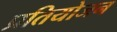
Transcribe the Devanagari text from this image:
प्रतियोजन